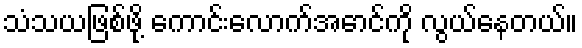
သံသယဖြစ်ဖို့ ကောင်းလောက်အောင်ကို လွယ်နေတယ်။